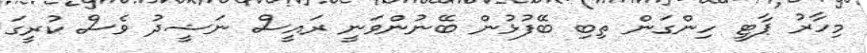
މިހާރު ޕާޓީ ހިންގަން ތިބި ބޭފުޅުން ބޭނުންވަނީ ރައީސް ނަޝީދު ވެސް ކުރީގަ